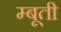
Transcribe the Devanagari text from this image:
म्बूती